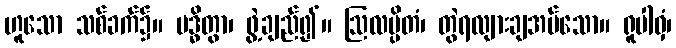
ဟူသော သစ်ခက်၌။ ဗဒ္ဓိတွာ၊ ဖွဲ့ချည်၍။ ဩလမ္ပိတံ၊ တွဲရလျားချအပ်သော။ ရူပါဝှံ၊